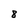
Character: 8